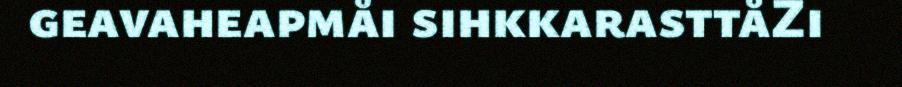
geavaheapmåi sihkkarasttåZi